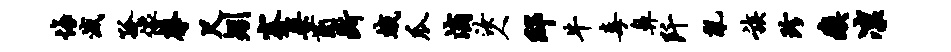
悔灭孤像馨尺矧蹇桀茵断蛾瓜滴汝人邸牛毒鼻阡乱族珍瘼凛